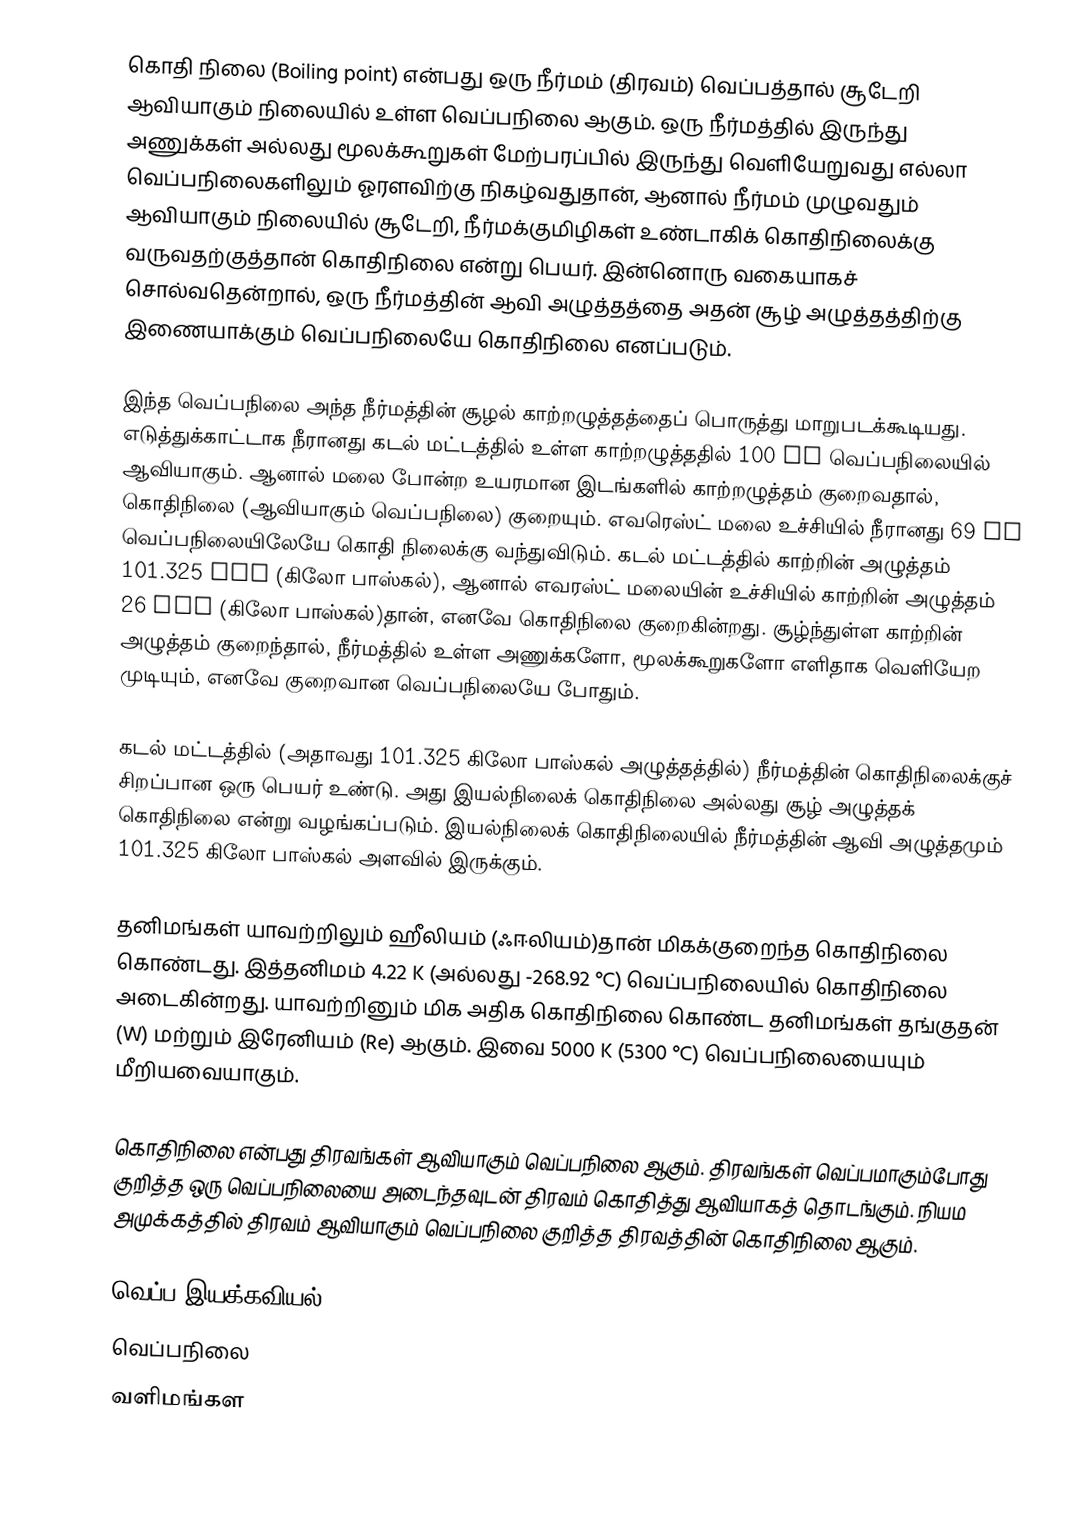
கொதி நிலை (Boiling point) என்பது ஒரு நீர்மம் (திரவம்) வெப்பத்தால் சூடேறி ஆவியாகும் நிலையில் உள்ள வெப்பநிலை ஆகும். ஒரு நீர்மத்தில் இருந்து அணுக்கள் அல்லது மூலக்கூறுகள் மேற்பரப்பில் இருந்து வெளியேறுவது எல்லா வெப்பநிலைகளிலும் ஓரளவிற்கு நிகழ்வதுதான், ஆனால் நீர்மம் முழுவதும் ஆவியாகும் நிலையில் சூடேறி, நீர்மக்குமிழிகள் உண்டாகிக் கொதிநிலைக்கு வருவதற்குத்தான் கொதிநிலை என்று பெயர். இன்னொரு வகையாகச் சொல்வதென்றால், ஒரு நீர்மத்தின் ஆவி அழுத்தத்தை அதன் சூழ் அழுத்தத்திற்கு இணையாக்கும் வெப்பநிலையே கொதிநிலை எனப்படும்.

இந்த வெப்பநிலை அந்த நீர்மத்தின் சூழல் காற்றழுத்தத்தைப் பொருத்து மாறுபடக்கூடியது. எடுத்துக்காட்டாக நீரானது கடல் மட்டத்தில் உள்ள காற்றழுத்ததில் 100 °C வெப்பநிலையில் ஆவியாகும். ஆனால் மலை போன்ற உயரமான இடங்களில் காற்றழுத்தம் குறைவதால், கொதிநிலை (ஆவியாகும் வெப்பநிலை) குறையும். எவரெஸ்ட் மலை உச்சியில் நீரானது 69 °C வெப்பநிலையிலேயே கொதி நிலைக்கு வந்துவிடும். கடல் மட்டத்தில் காற்றின் அழுத்தம் 101.325 kPa (கிலோ பாஸ்கல்), ஆனால் எவரஸ்ட் மலையின் உச்சியில் காற்றின் அழுத்தம் 26 kPa (கிலோ பாஸ்கல்)தான், எனவே கொதிநிலை குறைகின்றது. சூழ்ந்துள்ள காற்றின் அழுத்தம் குறைந்தால், நீர்மத்தில் உள்ள அணுக்களோ, மூலக்கூறுகளோ எளிதாக வெளியேற முடியும், எனவே குறைவான வெப்பநிலையே போதும்.

கடல் மட்டத்தில் (அதாவது 101.325 கிலோ பாஸ்கல் அழுத்தத்தில்) நீர்மத்தின் கொதிநிலைக்குச் சிறப்பான ஒரு பெயர் உண்டு. அது இயல்நிலைக் கொதிநிலை அல்லது சூழ் அழுத்தக் கொதிநிலை என்று வழங்கப்படும். இயல்நிலைக் கொதிநிலையில் நீர்மத்தின் ஆவி அழுத்தமும் 101.325 கிலோ பாஸ்கல் அளவில் இருக்கும்.

தனிமங்கள் யாவற்றிலும் ஹீலியம் (ஃஈலியம்)தான் மிகக்குறைந்த கொதிநிலை கொண்டது. இத்தனிமம் 4.22 K (அல்லது -268.92 °C) வெப்பநிலையில் கொதிநிலை அடைகின்றது. யாவற்றினும் மிக அதிக கொதிநிலை கொண்ட தனிமங்கள் தங்குதன் (W) மற்றும் இரேனியம் (Re) ஆகும். இவை 5000 K (5300 °C) வெப்பநிலையையும் மீறியவையாகும்.

கொதிநிலை என்பது திரவங்கள் ஆவியாகும் வெப்பநிலை ஆகும். திரவங்கள் வெப்பமாகும்போது குறித்த ஒரு வெப்பநிலையை அடைந்தவுடன் திரவம் கொதித்து ஆவியாகத் தொடங்கும். நியம அமுக்கத்தில் திரவம் ஆவியாகும் வெப்பநிலை குறித்த திரவத்தின் கொதிநிலை ஆகும்.

வெப்ப இயக்கவியல்
வெப்பநிலை
வளிமங்கள